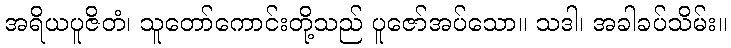
အရိယပူဇိတံ၊ သူတော်ကောင်းတို့သည် ပူဇော်အပ်သော။ သဒါ၊ အခါခပ်သိမ်း။